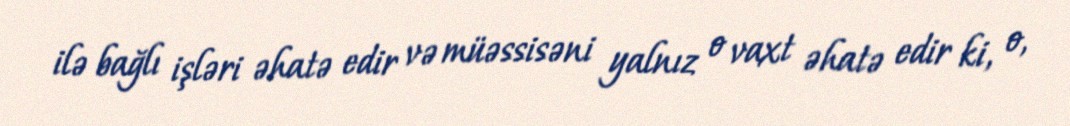
ilə bağlı işləri əhatə edir və müəssisəni yalnız o vaxt əhatə edir ki, o,